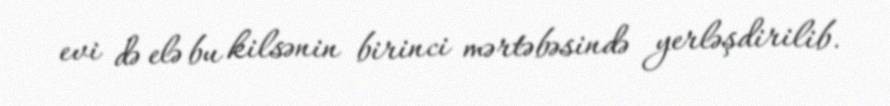
evi də elə bu kilsənin birinci mərtəbəsində yerləşdirilib.